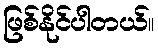
ဖြစ်နိုင်ပါတယ်။